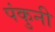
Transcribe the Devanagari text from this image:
पंकुनी